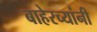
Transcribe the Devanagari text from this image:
बाहेरच्यांनी